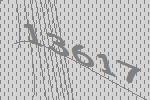
13617